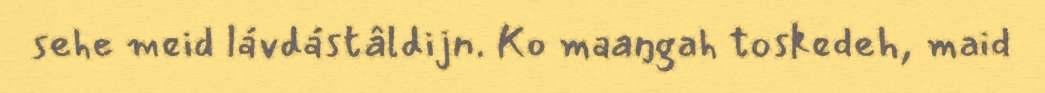
sehe meid lávdástâldijn. Ko maaŋgah toskedeh, maid